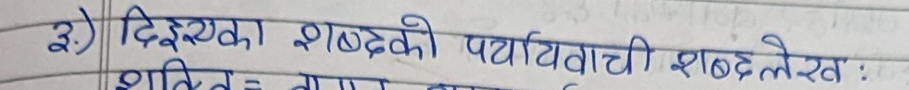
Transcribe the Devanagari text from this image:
३) दिइएका शब्दको पर्यायवाची शब्द लेख :
शक्ति = बल, सामर्थ, तागत